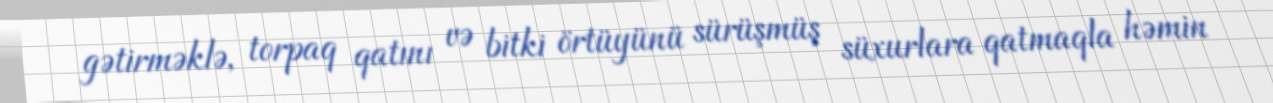
gətirməklə, torpaq qatını və bitki örtüyünü sürüşmüş süxurlara qatmaqla həmin